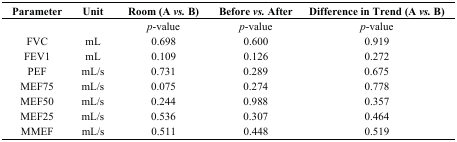
| Parameter | Unit | Room (A vs. B) | Before vs. After | Difference in Trend (A vs. B) |
 | --- | --- | --- | --- | --- |
 |  |  | p-value | p-value | p-value |
 | FVC | mL | 0.698 | 0.600 | 0.919 |
 | FEV1 | mL | 0.109 | 0.126 | 0.272 |
 | PEF | mL/s | 0.731 | 0.289 | 0.675 |
 | MEF75 | mL/s | 0.075 | 0.274 | 0.778 |
 | MEF50 | mL/s | 0.244 | 0.988 | 0.357 |
 | MEF25 | mL/s | 0.536 | 0.307 | 0.464 |
 | MMEF | mL/s | 0.511 | 0.448 | 0.519 |